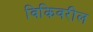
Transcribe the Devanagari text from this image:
विकिवरील